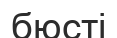
бюсті